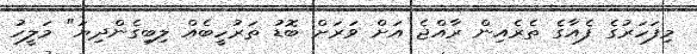
މިފަހަރުގެ ފެއާގެ ތެރެއިން ރާއްޖެ އަށް ވަރަށް ބޮޑު ތަރުހީބެއް ލިބިގެންދިޔަ" މަލީހު